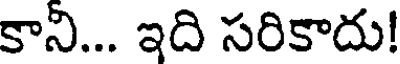
కాని... ఇది సరికాదు!